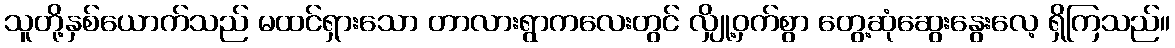
သူတို့နှစ်ယောက်သည် မထင်ရှားသော တာလားရွာကလေးတွင် လျှို့ဝှက်စွာ တွေ့ဆုံဆွေးနွေးလေ့ ရှိကြသည်။